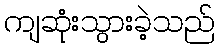
ကျဆုံးသွားခဲ့သည်